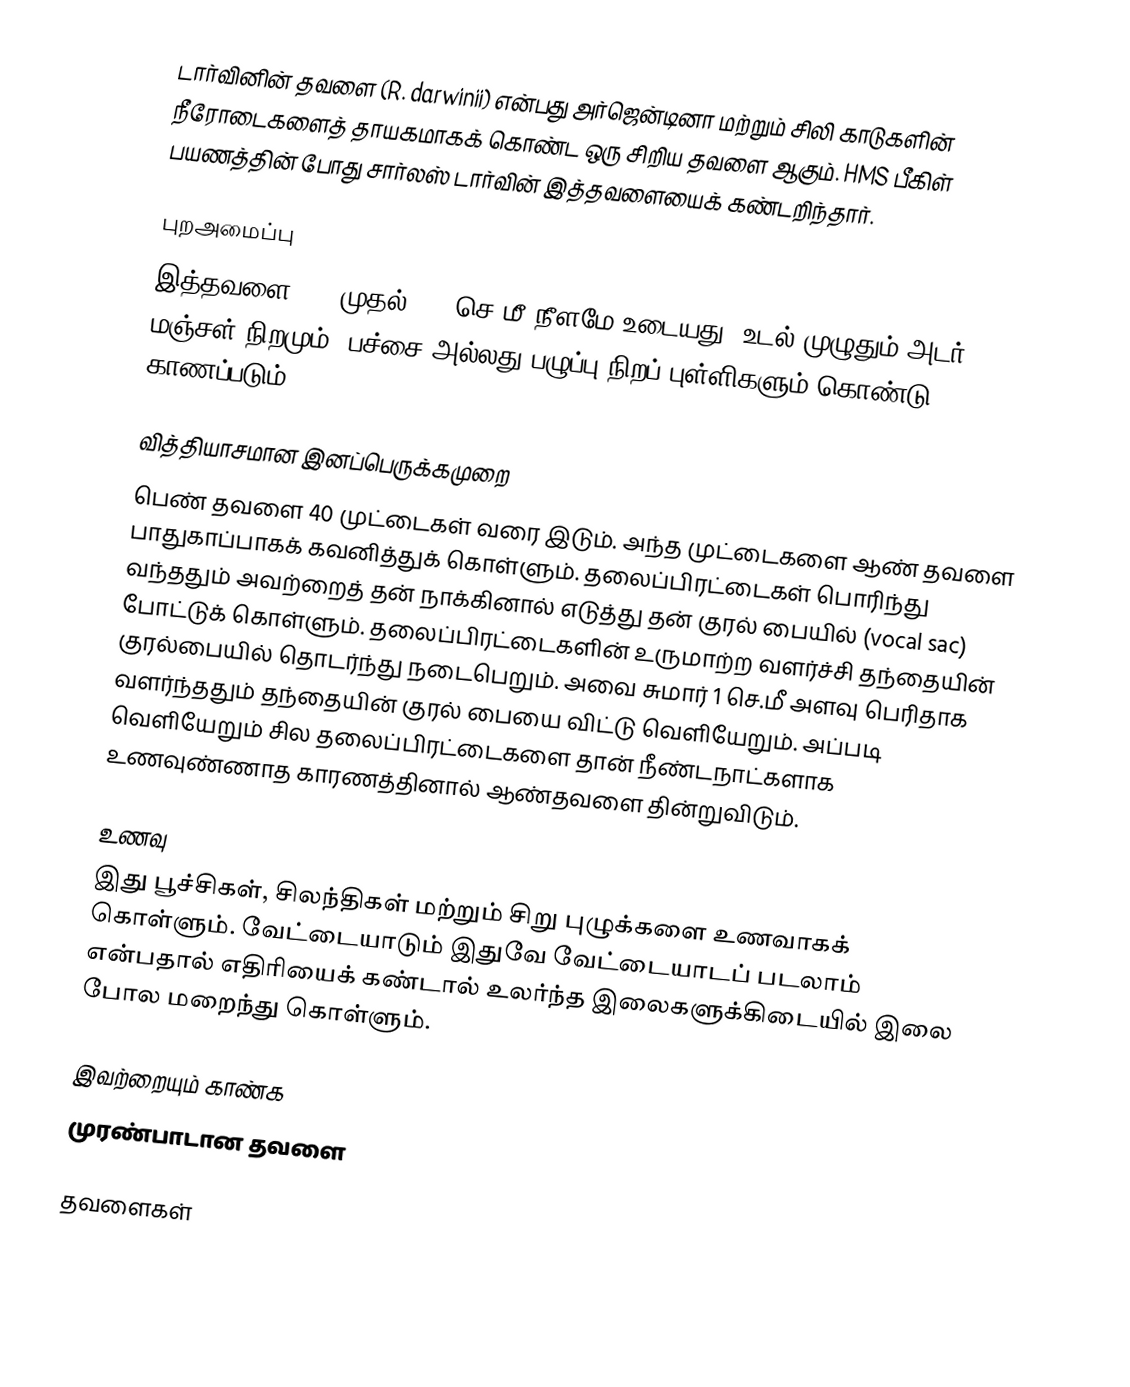
டார்வினின் தவளை (R. darwinii) என்பது அர்ஜென்டினா மற்றும் சிலி காடுகளின் நீரோடைகளைத் தாயகமாகக் கொண்ட ஒரு சிறிய தவளை ஆகும். HMS பீகிள் பயணத்தின் போது சார்லஸ் டார்வின் இத்தவளையைக் கண்டறிந்தார்.

புறஅமைப்பு
இத்தவளை 2.5 முதல் 3.5 செ.மீ நீளமே உடையது. உடல் முழுதும் அடர் மஞ்சள் நிறமும், பச்சை அல்லது பழுப்பு நிறப் புள்ளிகளும் கொண்டு காணப்படும்.

வித்தியாசமான இனப்பெருக்கமுறை
பெண் தவளை 40 முட்டைகள் வரை இடும். அந்த முட்டைகளை ஆண் தவளை பாதுகாப்பாகக் கவனித்துக் கொள்ளும். தலைப்பிரட்டைகள் பொரிந்து வந்ததும் அவற்றைத் தன் நாக்கினால் எடுத்து தன் குரல் பையில் (vocal sac) போட்டுக் கொள்ளும். தலைப்பிரட்டைகளின் உருமாற்ற வளர்ச்சி தந்தையின் குரல்பையில் தொடர்ந்து நடைபெறும். அவை சுமார் 1 செ.மீ அளவு பெரிதாக வளர்ந்ததும் தந்தையின் குரல் பையை விட்டு வெளியேறும். அப்படி வெளியேறும் சில தலைப்பிரட்டைகளை தான் நீண்டநாட்களாக உணவுண்ணாத காரணத்தினால் ஆண்தவளை தின்றுவிடும்.

உணவு
இது பூச்சிகள், சிலந்திகள் மற்றும் சிறு புழுக்களை உணவாகக் கொள்ளும். வேட்டையாடும் இதுவே வேட்டையாடப் படலாம் என்பதால் எதிரியைக் கண்டால் உலர்ந்த இலைகளுக்கிடையில் இலை போல மறைந்து கொள்ளும்.

இவற்றையும் காண்க
முரண்பாடான தவளை

தவளைகள்